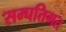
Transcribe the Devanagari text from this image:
सम्पत्तिगत